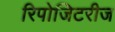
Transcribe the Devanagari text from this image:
रिपोजिटरीज